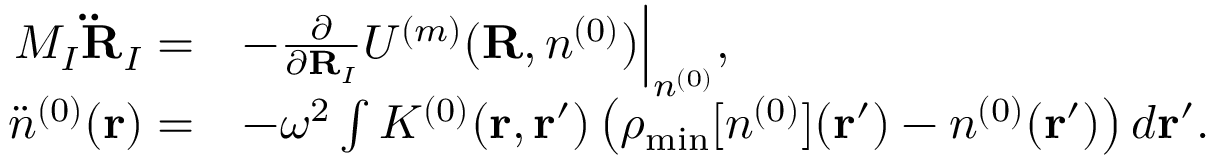
\begin{array} { r l } { M _ { I } { \bf \ddot { R } } _ { I } = } & { - \frac { \partial } { \partial { \bf R } _ { I } } { \cal U } ^ { ( m ) } ( { \bf R } , n ^ { ( 0 ) } ) \Big \vert _ { n ^ { ( 0 ) } } , } \\ { { \ddot { n } } ^ { ( 0 ) } ( { \bf r } ) = } & { - \omega ^ { 2 } \int K ^ { ( 0 ) } ( { \bf r , r ^ { \prime } } ) \left( \rho _ { \mathrm { m i n } } [ n ^ { ( 0 ) } ] ( { \bf r ^ { \prime } } ) - n ^ { ( 0 ) } ( { \bf r ^ { \prime } } ) \right) d { \bf r ^ { \prime } } . } \end{array}